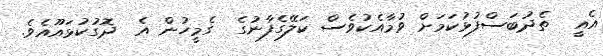
އެއީ  ތެދުބަސްފުޅުކަމަށް ވުމާއެކުވެސް ކަލޭގެފާނުގެ  ގެމީހުން އެ  ދޮގުކުޅައޫއެވެ.